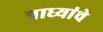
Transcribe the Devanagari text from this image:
पाध्यांचे